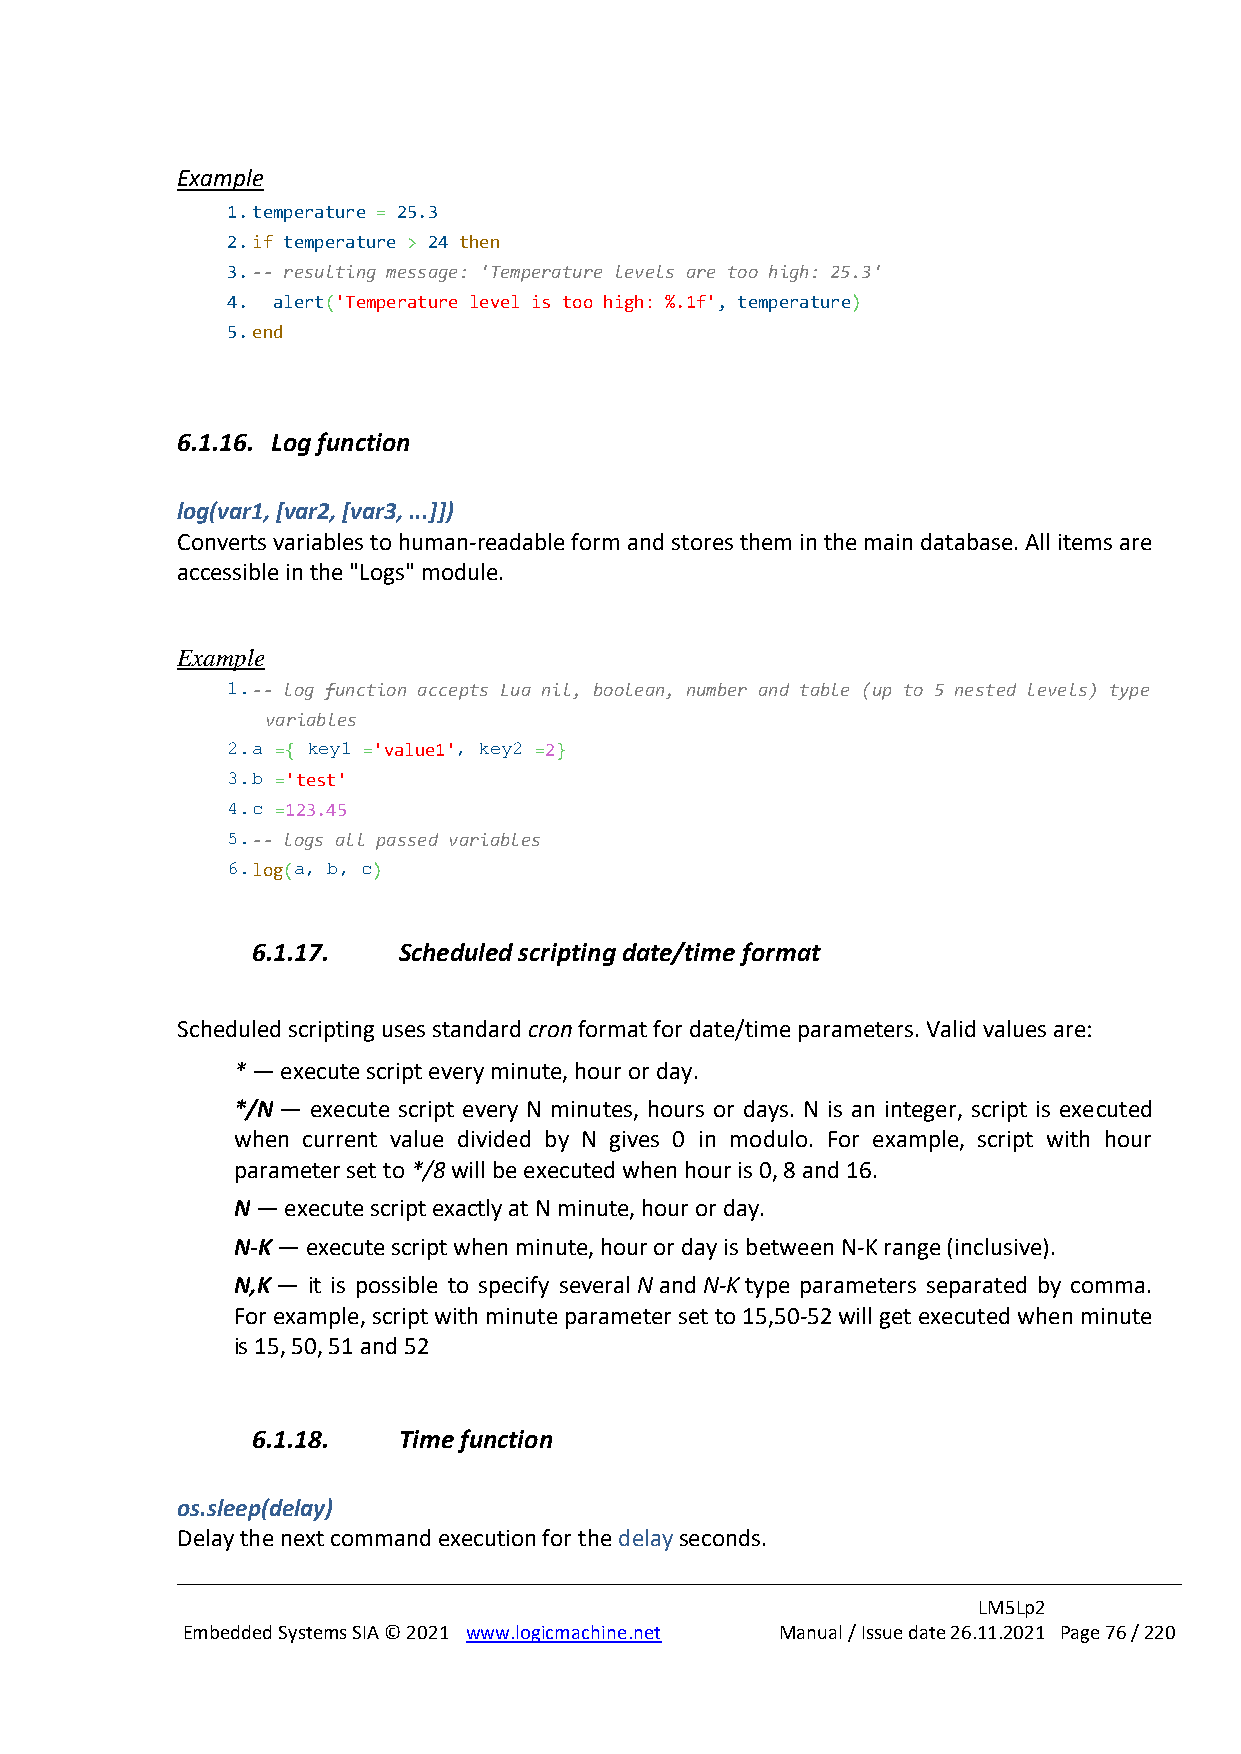
Example
 1. temperature = 25.3
 2. if temperature > 24 then
 3. -- resulting message: 'Temperature levels are too high: 25.3'
 4. alert('Temperature level is too high: %.1f', temperature)
 5. end
 6.1.16. Log function
 log(var1, [var2, [var3, ...]])
 Converts variables to human-readable form and stores them in the main database. All items are
 accessible in the "Logs" module.
 Example
 1. -- log function accepts Lua nil, boolean, number and table (up to 5 nested levels) type
 variables
 2. a ={ key1 ='value1', key2 =2}
 3. b ='test'
 4. c =123.45
 5. -- logs all passed variables
 6. log(a, b, c)
 6.1.17.  Scheduled scripting date/time format
 Scheduled scripting uses standard cron format for date/time parameters. Valid values are:
 * — execute script every minute, hour or day.
 */N — execute script every N minutes, hours or days. N is an integer, script is executed
 when current value divided by N gives 0 in modulo. For example, script with hour
 parameter set to */8 will be executed when hour is 0, 8 and 16.
 N — execute script exactly at N minute, hour or day.
 N-K — execute script when minute, hour or day is between N-K range (inclusive).
 N,K — it is possible to specify several N and N-K type parameters separated by comma.
 For example, script with minute parameter set to 15,50-52 will get executed when minute
 is 15, 50, 51 and 52
 6.1.18.  Time function
 os.sleep(delay)
 Delay the next command execution for the delay seconds.
 LM5Lp2
 Embedded Systems SIA © 2021 www.logicmachine.net Manual / Issue date 26.11.2021 Page 76 / 220